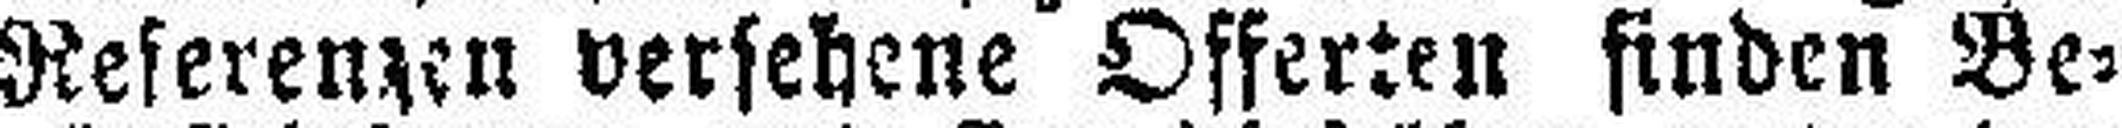
Referenzen versehene Offerten finden Be¬